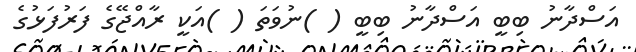
އަސްދާނު ބިބީ އަސްދާނު ބިބީ ( )ނުވަތަ ( )އަކީ ރާއްޖޭގެ ފަރުފަޅުގެ